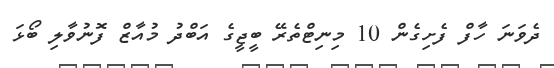
ދެވަނަ ހާފް ފެށިގެން 10 މިނިޓްތެރޭ ބީޖީގެ އަބްދު މުއާޒް ފޮނުވާލި ބޯޅަ